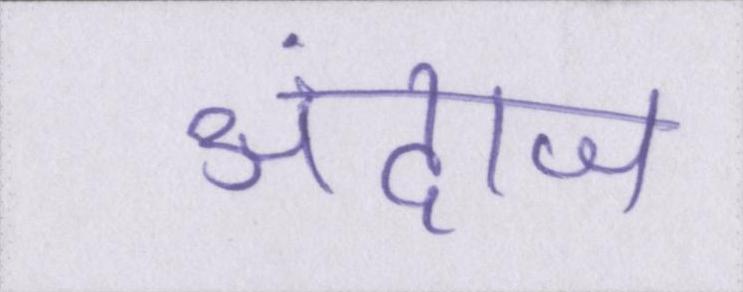
अंदाज